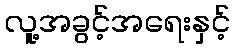
လူ့အခွင့်အရေးနှင့်